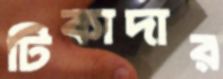
টিকাদার